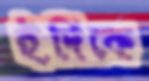
ইদিকে